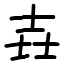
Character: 壵